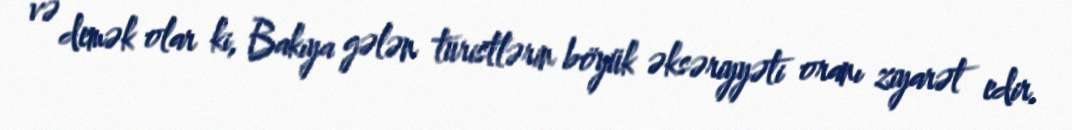
və demək olar ki, Bakıya gələn turistlərin böyük əksəriyyəti oranı ziyarət edir.